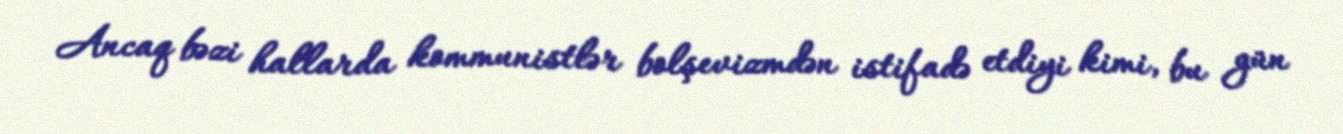
Ancaq bəzi hallarda kommunistlər bolşevizmdən istifadə etdiyi kimi, bu gün